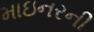
માઇનરની